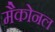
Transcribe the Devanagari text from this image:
मैकोनल